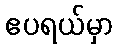
ဧပရယ်မှာ